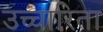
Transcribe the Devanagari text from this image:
उच्चारिता